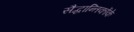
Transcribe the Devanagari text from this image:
सैद्धान्तिकोंके